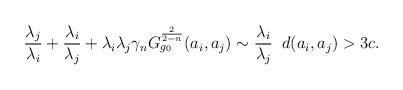
LaTeX: \begin{align*}\frac{ \lambda_{j} }{ \lambda_{i} }+\frac{\lambda_{i} }{ \lambda_{j} }+\lambda_{i}\lambda_{j}\gamma_{n}G_{g_{0}}^{\frac{2}{2-n}}( a _{i}, a _{j})\sim \frac{\lambda_{i}}{\lambda_{j}}\; \;d( a _{i}, a _{j})>3c.\end{align*}